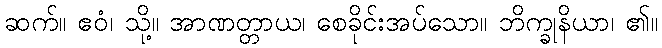
ဆက်။ ဧဝံ၊ သို့။ အာဏတ္တာယ၊ စေခိုင်းအပ်သော။ ဘိက္ခုနိယာ၊ ၏။